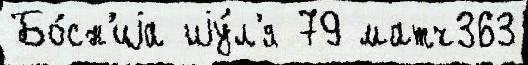
Бо́сн'иjа иjу́л'я 79 матч363